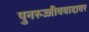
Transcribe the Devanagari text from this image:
पुनरुज्जीववादावर